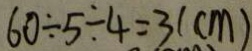
6 0 \div 5 \div 4 = 3 ( c m )